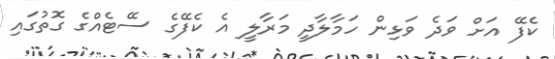
ކެފޭ އަށް ވަދެ ވަޅިން ހަމާލާދީ މަރާލީ އެ ކެފޭގެ ސޭޓެއްގެ ގޮތުގައި